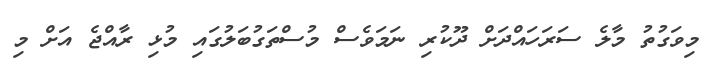
މިވަގުތު މާލެ ސަރަހައްދަށް ދޫކުރި ނަމަވެސް މުސްތަގުބަލުގައި މުޅި ރާއްޖެ އަށް މި